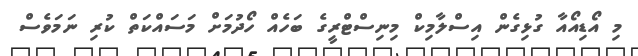
މި އޯޑިއޯއާ ގުޅިގެން އިސްލާމިކް މިނިސްޓްރީގެ ބަހެއް ހޯދުމަށް މަސައްކަތް ކުރި ނަމަވެސް